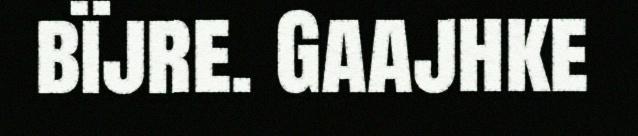
bïjre. Gaajhke